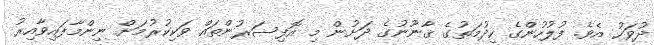
ދުވަހު އެވެ. ފުލުހުންގެ ހިދުމަތުގެ ޤާނޫނުގެ ދަށުން މި އޮފިސަރުންތައް ވަކިކުރުމަށް ނިންމާފައިވާއިރު